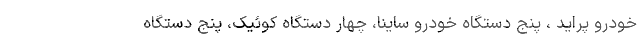
خودرو پراید ، پنج دستگاه خودرو ساینا، چهار دستگاه کوئیک، پنج دستگاه